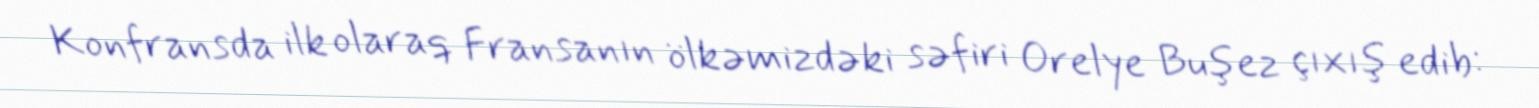
Konfransda ilk olaraq Fransanın ölkəmizdəki səfiri Orelye Buşez çıxış edib: